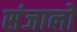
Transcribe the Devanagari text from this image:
संजालो